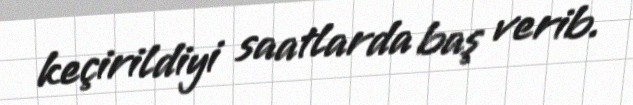
keçirildiyi saatlarda baş verib.